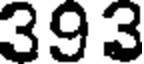
393